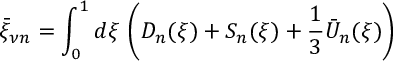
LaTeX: \bar { \xi } _ { \nu n } = \int _ { 0 } ^ { 1 } d \xi \, \left( D _ { n } ( \xi ) + S _ { n } ( \xi ) + { \frac { 1 } { 3 } } \bar { U } _ { n } ( \xi ) \right)